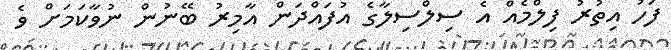
ފަހު އިތުރު ފިލްމެއް އެ ސިލްސިލާގެ އުފައްދަން އާމިރު ބޭނުން ނުވާކަމަށް ވެ